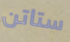
ستاتن